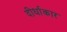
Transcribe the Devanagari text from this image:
दीर्धाकार